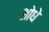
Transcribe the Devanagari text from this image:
शोधे